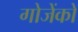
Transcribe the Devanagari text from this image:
गोजेंको